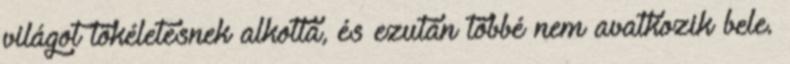
világot tökéletesnek alkotta, és ezután többé nem avatkozik bele.